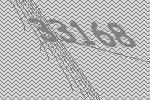
33168